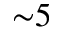
{ \sim } 5